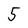
Character: 5